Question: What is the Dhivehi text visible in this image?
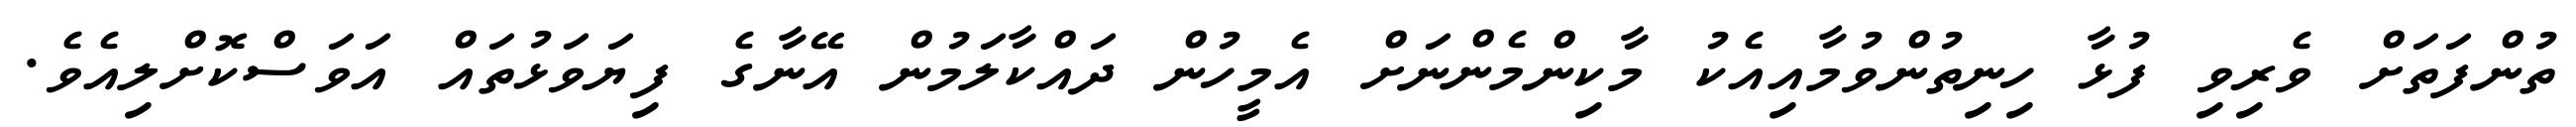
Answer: ތުންފަތަށް ވެރިވި ފުޅާ ހިނިތުންވުމާއިއެކު މާކިންމެންނަށް އެމީހުން ދައްކާލަމުން އޭނާގެ ފިޔަވަޅުތައް އަވަސްކޮށްލިއެވެ.